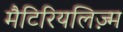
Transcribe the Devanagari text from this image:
मैटिरियलिज़्म